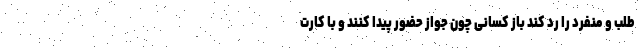
طلب و منفرد را رد کند باز کسانی چون جواز حضور پیدا کنند و با کارت